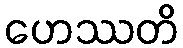
ဟေဿတိ